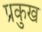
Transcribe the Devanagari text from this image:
प्रकुख